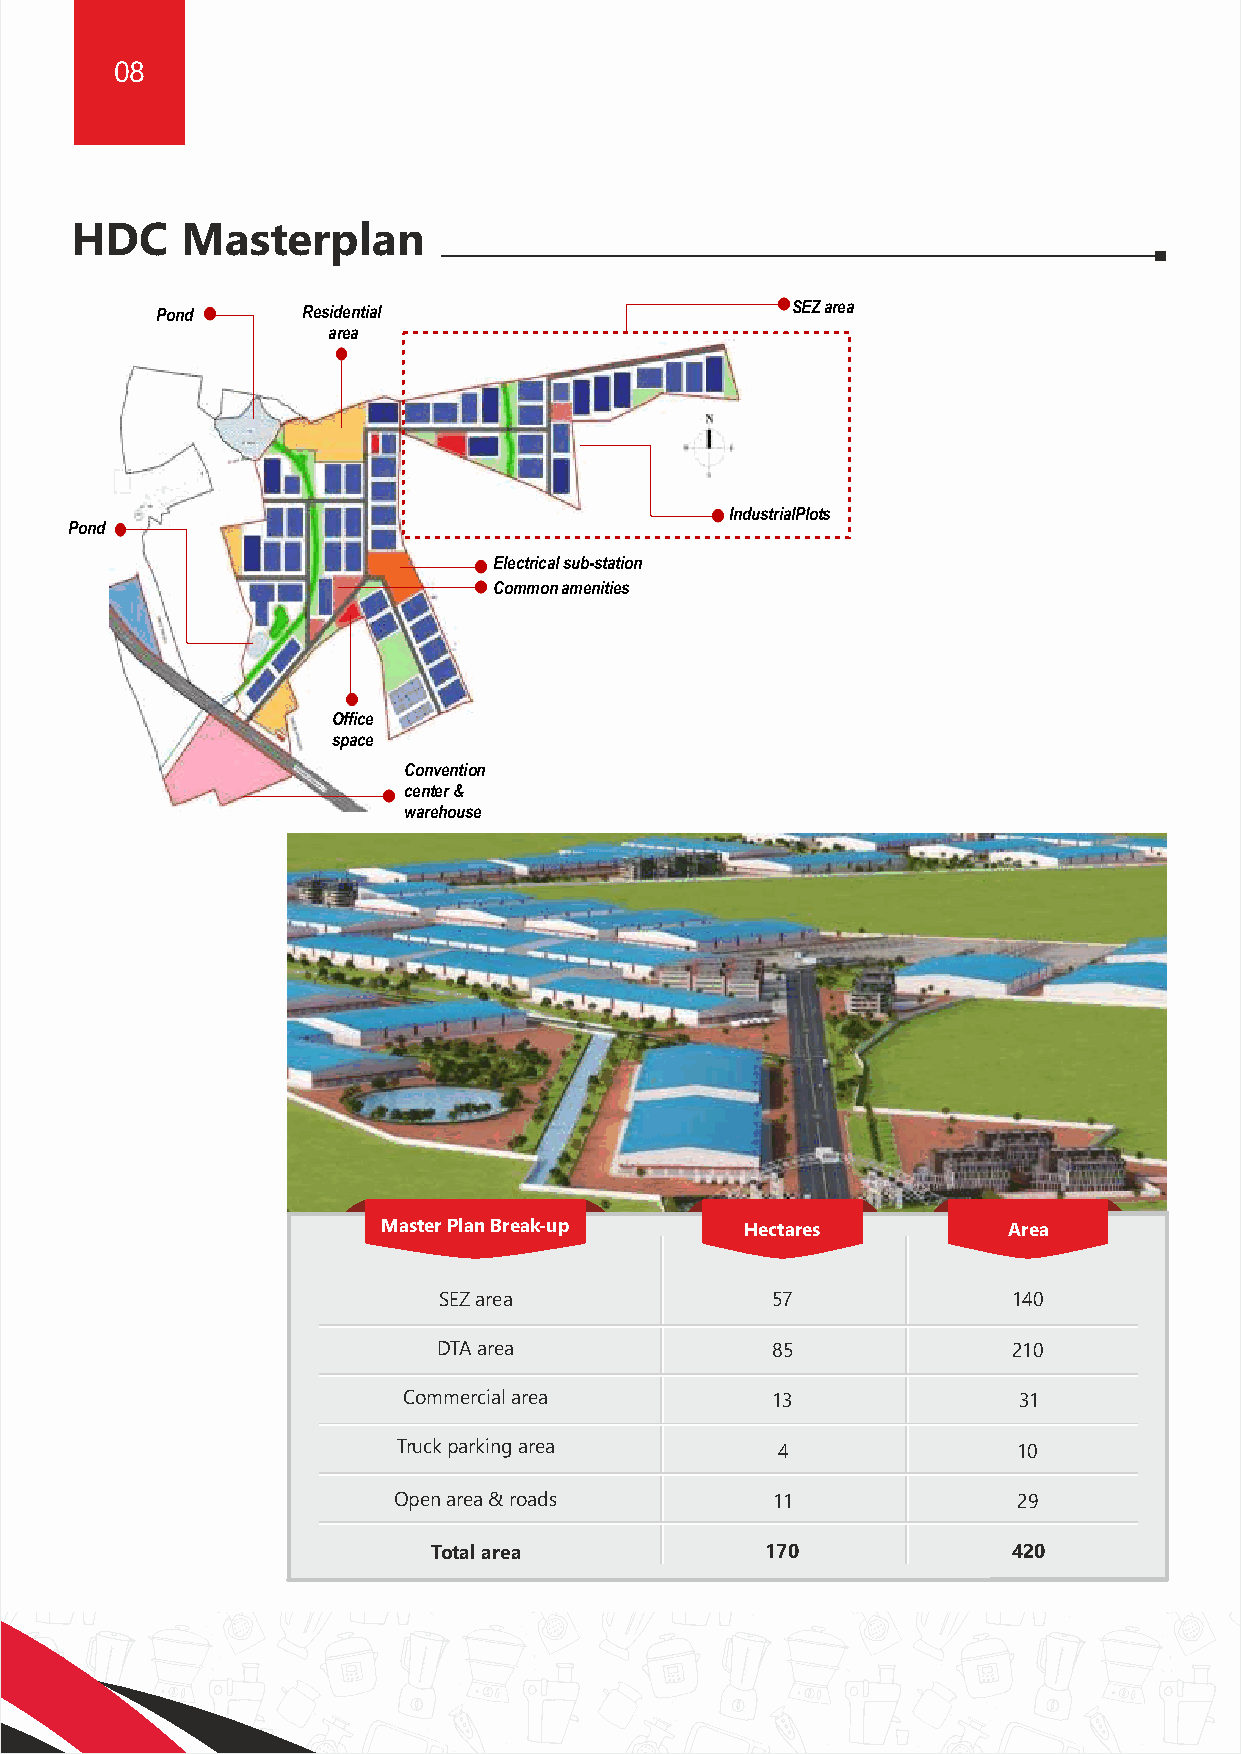
08                                                                                                                                                 09
 HDC    Masterplan                                                                 HDC:    End-to-end       manufacturing
 value   chain
 Pond      Residential                     SEZarea
 area
 OEM   Assembly  Line                     Components
 Input Sheet / Raw Material                  Motors
 IndustrialPlots
 Pond
 Electrical sub-station
 Commonamenities
 Metal Draw / Press                        PCBA
 Office
 space
 Molding                            Power Cords
 Convention
 center &
 warehouse
 Tooling                           Glass Component
 Die Casting                      Class C Part Suppliers
 Extruded Foam                         HDC   will
 house  component
 Master Plan Break-up    Hectares          Area
 manufacturing    facilities
 Printing Packaging
 SEZ area              57              140                                                            and  services to enable
 DTA area              85              210
 finished goods
 Commercial area         13              31                               Testing Labs
 manufacturers    to benefit
 Truck parking area       4               10
 from the  fully integrated
 Open area & roads        11              29
 ecosystem.
 Warehouse & Distribution Centre
 Total area            170             420